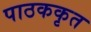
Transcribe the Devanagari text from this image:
पाठककृत